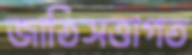
জাতিসত্তাগত